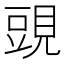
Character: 𧡀